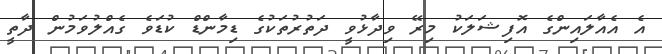
އެ އެއާލައިންގެ އޮފިޝަލަކު މިރޭ ވިދާޅުވީ ދަތުރުތަކުގެ ޑިމާންޑް ކުޑަވެ ގެއްލުވަމުން ދާތީ